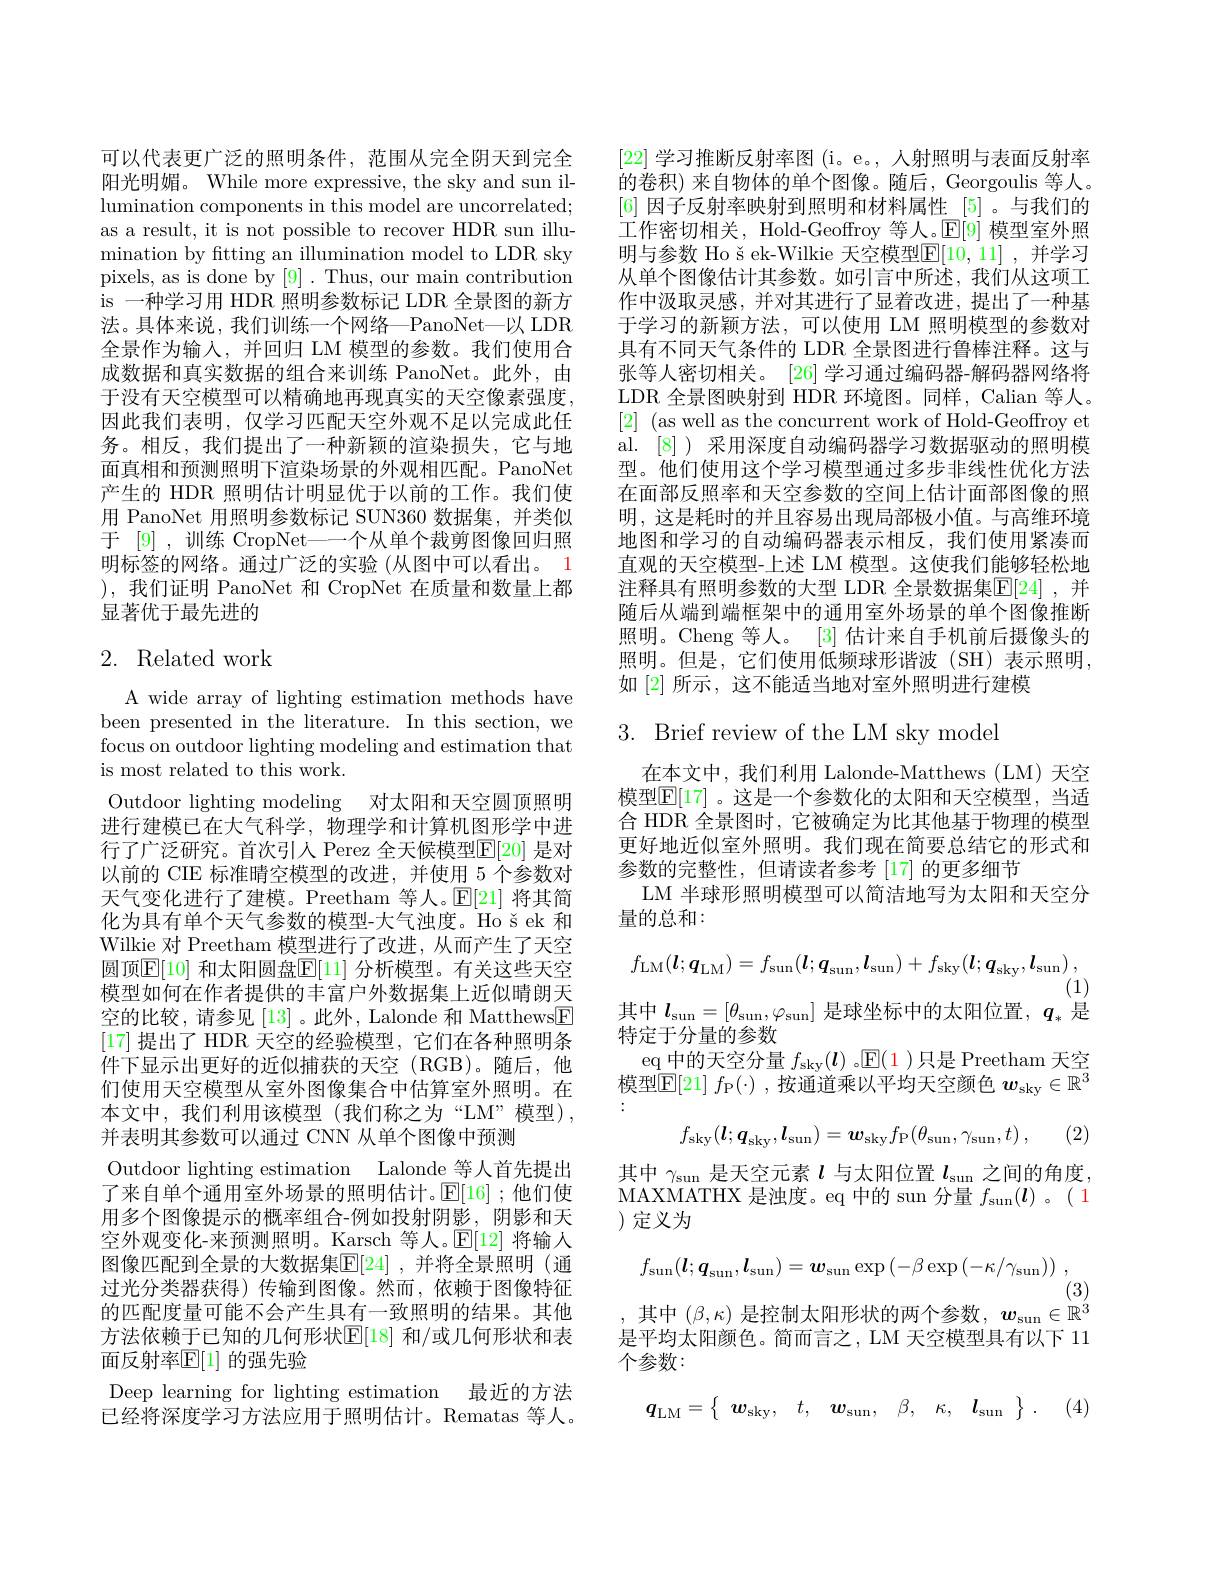
可以代表更广泛的照明条件，范围从完全阴天到完全阳光明媚。While more expressive, the sky and sun illumination components in this model are uncorrelated; as a result, it is not possible to recover HDR sun illumination by ftting an illumination model to LDR sky pixels, as is done by [9]. Thus, our main contribution is 一种学习用 HDR 照明参数标记 LDR 全景图的新方法。具体来说，我们训练一个网络—PanoNet—以 LDR 全景作为输入，并回归 LM 模型的参数。我们使用合成数据和真实数据的组合来训练 PanoNet。此外，由于没有天空模型可以精确地再现真实的天空像素强度。因此我们表明，仅学习匹配天空外观不足以完成此任务。相反，我们提出了一种新颖的渲染损失，它与地面真相和预测照明下渲染场景的外观相匹配。PanoNet 产生的 HDR 照明估计明显优于以前的工作。我们使用 PanoNet 用照明参数标记 SUN360 数据集，并类似于 [9] , 训练 CropNet——个从单个裁剪图像回归照明标签的网络。通过广泛的实验 (从图中可以看出。1 ),我们证明 PanoNet 和 CropNet 在质量和数量上都显著优于最先进的

## 2. Related work

A wide array of lighting estimation methods have been presented in the literature. In this section, we focus on outdoor lighting modeling and estimation that is most related to this work.
Outdoor lighting modeling 对太阳和天空圆顶照明进行建模已在大气科学，物理学和计算机图形学中进行了广泛研究。首次引人 Perez 全天候模型$\mathbb{E}[20]$ 是对以前的 CIE 标准晴空模型的改进，并使用 5 个参数对天气变化进行了建模。Preetham 等人。$\mathbb{E}[21]$将其简化为具有单个天气参数的模型-大气浊度。Ho š ek 和Wilkie 对 Preetham 模型进行了改进，从而产生了天空圆顶$\boxed[10]$ 和太阳圆盘$\boxed{\mathbb{E}}[11]$ 分析模型。有关这些天空模型如何在作者提供的丰富户外数据集上近似晴朗天空的比较，请参见[13]。此外，Lalonde 和 Matthews$\boxed{\mathrm{F}}$ [17]提出了 HDR 天空的经验模型，它们在各种照明条件下显示出更好的近似捕获的天空(RGB)。随后，他们使用天空模型从室外图像集合中估算室外照明。在本文中，我们利用该模型(我们称之为“LM”模型), 并表明其参数可以通过 CNN 从单个图像中预测
Outdoor lighting estimation Lalonde 等人首先提出了来自单个通用室外场景的照明估计。$\mathbb{E}[16]$ ;他们使用多个图像提示的概率组合-例如投射阴影，阴影和天空外观变化-来预测照明。Karsch 等人。$\mathbb{E}[12]$将输入图像匹配到全景的大数据集$\mathbb{E}[24]$ ,并将全景照明 (通过光分类器获得) 传输到图像。然而，依赖于图像特征的匹配度量可能不会产生具有一致照明的结果。其他方法依赖于已知的几何形状$\mathbb{E}[18]$ 和/或几何形状和表面反射率$\mathbb{E}[1]$ 的强先验
Deep learning for lighting estimation 最近的方法已经将深度学习方法应用于照明估计。Rematas 等人。

[22]学习推断反射率图 (i。e。, 人射照明与表面反射率的卷积)来自物体的单个图像。随后，Georgoulis 等人。[6]因子反射率映射到照明和材料属性[5] 。与我们的工作密切相关，Hold-Geoffroy 等人。$\mathbb{E}[9]$模型室外照明与参数 Ho š ek-Wilkie 天空模型$\mathbb{E}[10,11]$ ,并学习从单个图像估计其参数。如引言中所述，我们从这项工作中汲取灵感，并对其进行了显着改进，提出了一种基于学习的新颖方法，可以使用 LM 照明模型的参数对具有不同天气条件的 LDR 全景图进行鲁棒注释。这与张等人密切相关。[26]学习通过编码器-解码器网络将LDR 全景图映射到 HDR 环境图。同样，Calian 等人。[2] (as well as the concurrent work of Hold-Geoffroy et al. [8] ) 采用深度自动编码器学习数据驱动的照明模型。他们使用这个学习模型通过多步非线性优化方法在面部反照率和天空参数的空间上估计面部图像的照明，这是耗时的并且容易出现局部极小值。与高维环境地图和学习的自动编码器表示相反，我们使用紧凑而直观的天空模型-上述 LM 模型。这使我们能够轻松地注释具有照明参数的大型 LDR 全景数据集$\mathbb{E}[24]$ ,并随后从端到端框架中的通用室外场景的单个图像推断照明。Cheng 等人。[3] 估计来自手机前后摄像头的照明。但是，它们使用低频球形谐波(SH)表示照明， 如 [2] 所示 , 这不能适当地对室外照明进行建模

3. Brief review of the LM sky model

在本文中，我们利用 Lalonde-Matthews (LM) 天空模型$\mathbb{E}[17]$ 。这是一个参数化的太阳和天空模型，当适合 HDR 全景图时，它被确定为比其他基于物理的模型更好地近似室外照明。我们现在简要总结它的形式和参数的完整性，但请读者参考 [17] 的更多细节
LM 半球形照明模型可以简洁地写为太阳和天空分
量的总和：
$$f_{\mathrm{LM}}(\boldsymbol{l};\boldsymbol{q}_{\mathrm{LM}})=f_{\mathrm{sun}}(\boldsymbol{l};\boldsymbol{q}_{\mathrm{sun}},\boldsymbol{l}_{\mathrm{sun}})+f_{\mathrm{sky}}(\boldsymbol{l};\boldsymbol{q}_{\mathrm{sky}},\boldsymbol{l}_{\mathrm{sun}})\:,$$
(1)
其中$l_\mathrm{sun}=[\theta_\mathrm{sun},\varphi_\mathrm{sun}]$是球坐标中的太阳位置，$q_*$是

特定于分量的参数
eq 中的天空分量$f_\mathrm{sky}(\boldsymbol{l})$ 。$\mathbb{E}(1$ )只是 Preetham 天空模型$\mathbb{E}[21]$ $f_\mathbb{P}(\cdot)$, 按通道乘以平均天空颜色 $w_\mathrm{sky}\in\mathbb{R}^3$
$$f_{\mathrm{sky}}(\boldsymbol{l};\boldsymbol{q}_{\mathrm{sky}},\boldsymbol{l}_{\mathrm{sun}})=\boldsymbol{w}_{\mathrm{sky}}f_{\mathrm{P}}(\theta_{\mathrm{sun}},\gamma_{\mathrm{sun}},t)\:,$$
(2)

其中$\gamma_\mathrm{sun}$是天空元素$l$与太阳位置$l_\mathrm{sun}$之间的角度MAXMATHX 是浊度。eq 中的 sun 分量$f_\mathrm{sun}(\boldsymbol{l})$ 。( 1 )定义为
$$f_{\mathrm{sun}}(\boldsymbol{l};\boldsymbol{q}_{\mathrm{sun}},\boldsymbol{l}_{\mathrm{sun}})=\boldsymbol{w}_{\mathrm{sun}}\exp\left(-\beta\exp\left(-\kappa/\gamma_{\mathrm{sun}}\right)\right)\:,$$
(3)
,其中$(\beta,\kappa)$是控制太阳形状的两个参数$,w_\mathrm{sun}\in\mathbb{R}^3$

是平均太阳颜色。简而言之，LM 天空模型具有以下 11
个参数：
$$\boldsymbol{q}_{\mathrm{LM}}=\left\{\begin{array}{ccccc}{\boldsymbol{w}_{\mathrm{sky}},}&{t,}&{\boldsymbol{w}_{\mathrm{sun}},}&{\beta,}&{\kappa,}&{\boldsymbol{l}_{\mathrm{sun}}}\\\end{array}\right\}\:.$$